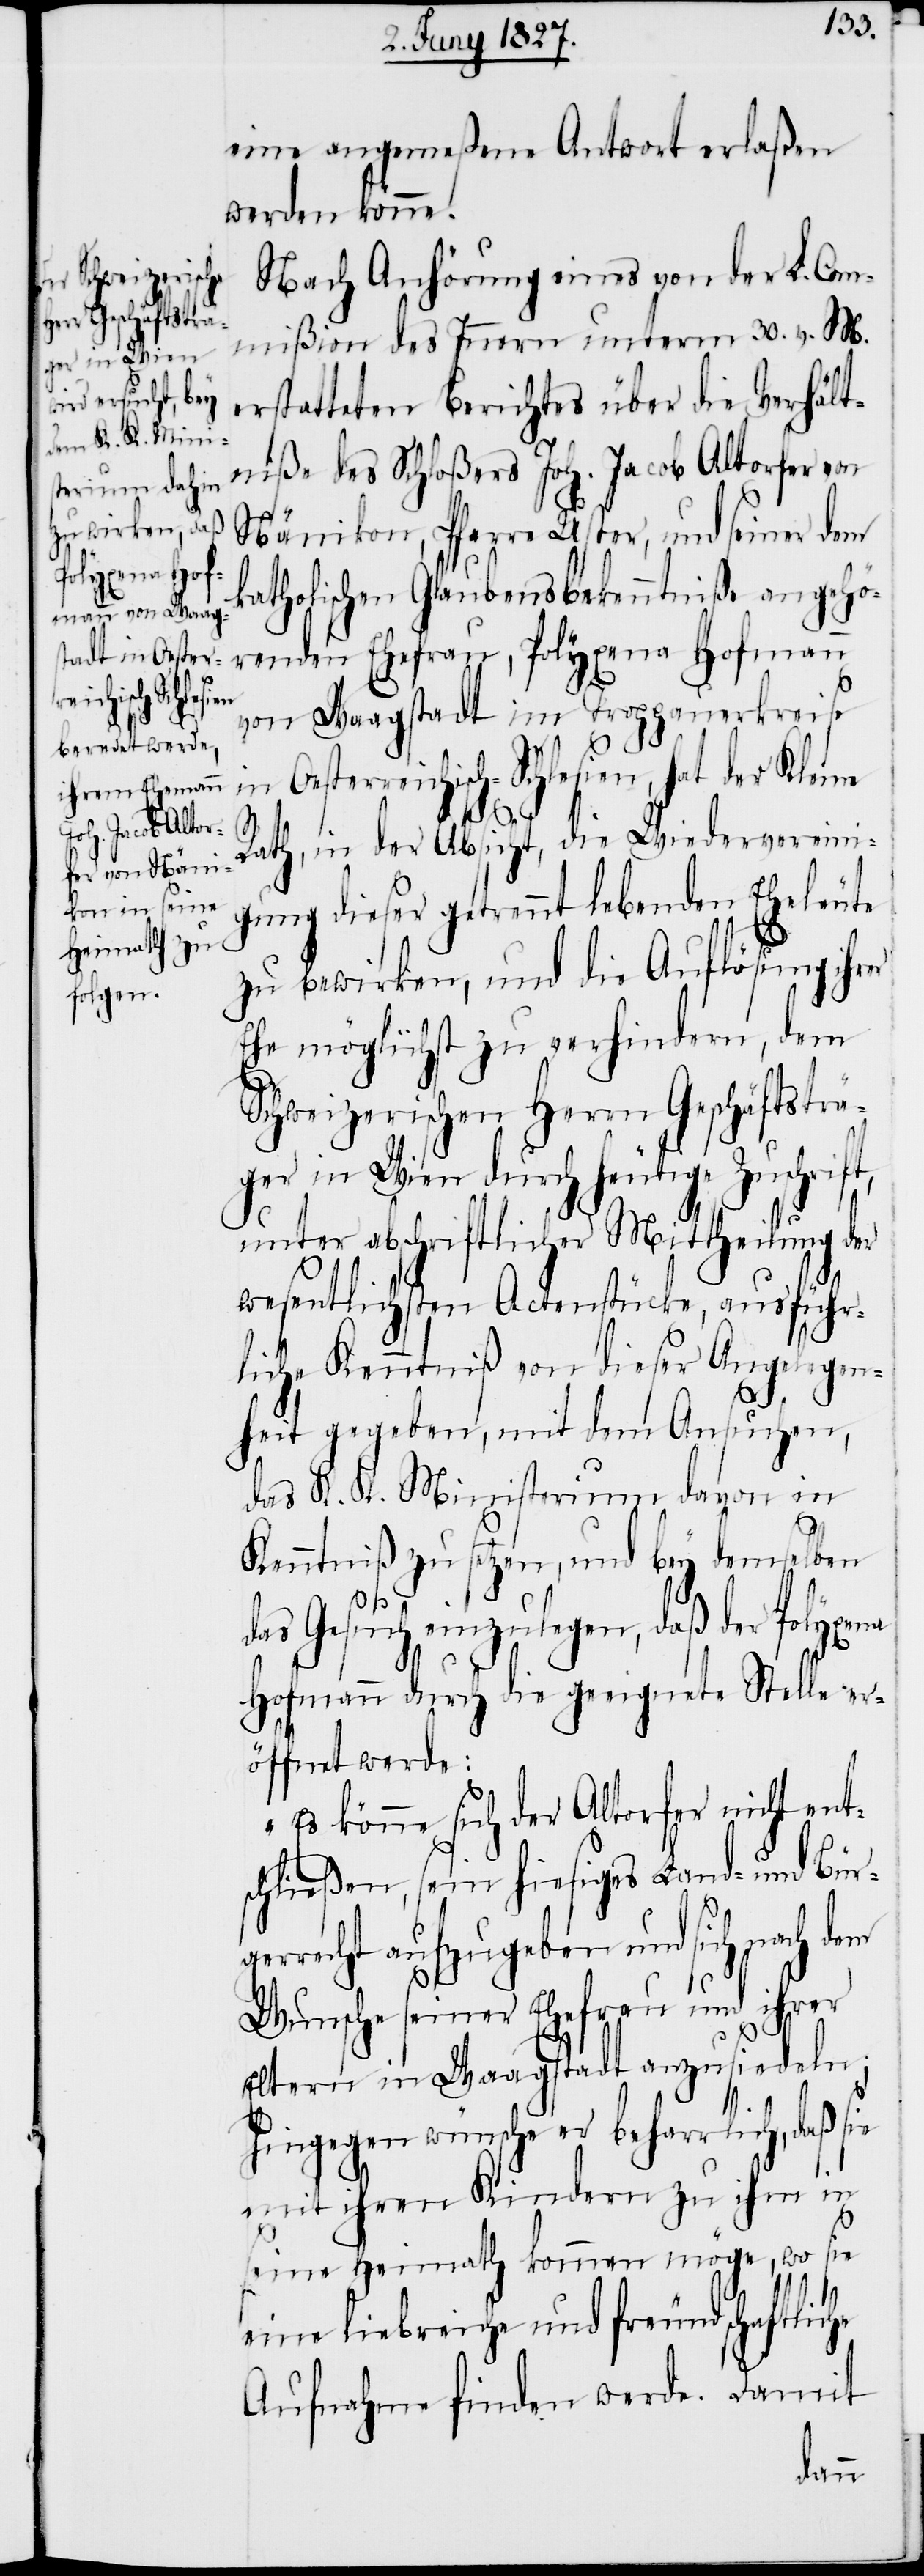
eine angemeßene Antwort erlaßen
werden könne.
Nach Anhörung eines von der L. Com¬
mißion des Innern unterm 30. v. M.
erstatteten Berichtes über die Verhält¬
niße des Schloßers Joh. Jacob Altorfer von
Nänikon, Pfarre Uster, und seiner dem
katholischen Glaubensbekenntniße angehö¬
renden Ehefrau, Polyxena Hofmann
von Waagstadt im Troppauerkreise
Oesterreichisch-Schlesien, hat der Kleine
he
Rath, in der Absicht, die Wiedervereini¬
gung dieser getrennt lebenden Eheleute
zu bewirken, und die Auflösung ihrer
Ehe möglichst zu verhindern, dem
Schweizerischen Herrn Geschäftsträ¬
ger in Wien durch heutige Zuschrift,
unter abschriftlicher Mittheilung der
wesentlichen Actenstücke, ausführ¬
liche Kenntniß von dieser Angelegen¬
heit gegeben, mit dem Ansuchen,
das K. K. Ministerium davon in
Kenntniß zu setzen, und bey demselben
das Gesuch einzulegen, daß der Polyxena
Hofmann durch die geeignete Stelle er¬
öffnet werde:
„Es könne sich der Altorfer nicht ent¬
schließen, sein hierseitiges Land- und
rrecht aufzugeben und sich nach dem
Wunsche seiner Ehefrau und ihrer
Eltern in Waagstadt anzusiedeln;
Bürger¬
hingegen wünsche er beharrlich, daß sie
mit ihren Kindern zu ihm in
seine Heimath kommen möge, wo sie
eine leibreiche und freundschaftlic¬
Aufnahme finden werde. Damit